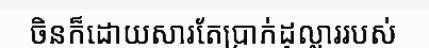
ចិនក៏ដោយសារតែប្រាក់ដុល្លាររបស់